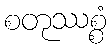
စတုဿစ္စံ